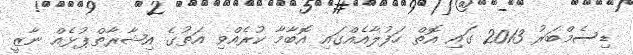
ޑިސެމްބަރު 2013 ގައި އޮތް ހަފުލާއެއްގައި އޮބާމާ ކުރެއްވި އަތުގެ އިޝާރާތްޕުޅެއް ނާޒީ